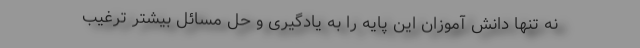
نه تنها دانش آموزان این پایه را به یادگیری و حل مسائل بیشتر ترغیب